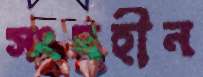
সংঘহীন